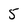
Character: 5